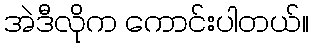
အဲဒီလိုက ကောင်းပါတယ်။